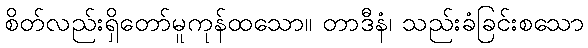
စိတ်လည်းရှိတော်မူကုန်ထသော။ တာဒီနံ၊ သည်းခံခြင်းစသော